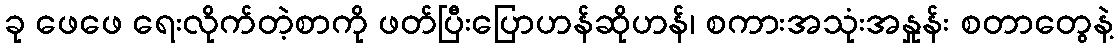
ခု ဖေဖေ ရေးလိုက်တဲ့စာကို ဖတ်ပြီးပြောဟန်ဆိုဟန်၊ စကားအသုံးအနှုန်း စတာတွေနဲ့